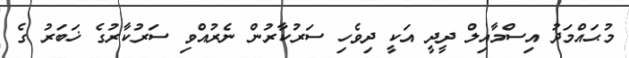
މުޙައްމަދު އިސްމާއިލް ދީދީ އަކީ ދިވެހި ސަރުކާރުން ނެރުއްވި ސަރުކާރުގެ ޚަބަރު ގެ